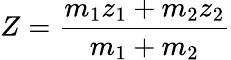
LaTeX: Z={\frac{m_{1}z_{1}+m_{2}z_{2}}{m_{1}+m_{2}}}